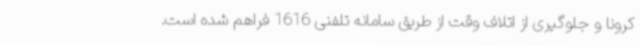
کرونا و جلوگیری از اتلاف وقت از طریق سامانه تلفنی 1616 فراهم شده است.